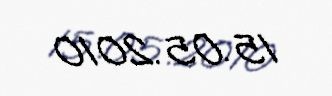
15.05.2010